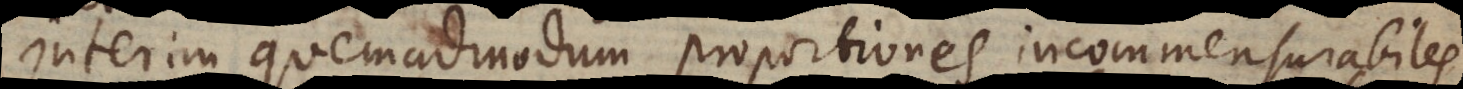
Interim quemadmodum proportiones incommensurabiles